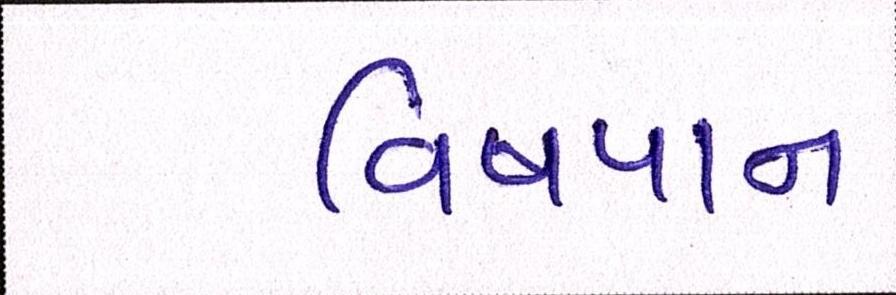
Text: વિષપાન